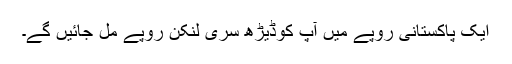
ایک پاکستانی روپے میں آپ کوڈیڑھ سری لنکن روپے مل جائیں گے۔